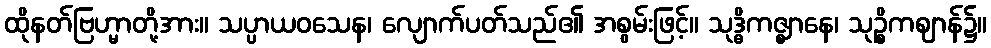
ထိုနတ်ဗြဟ္မာတို့အား။ သပ္ပာယဝသေန၊ လျောက်ပတ်သည်၏ အစွမ်းဖြင့်။ သုဒ္ဓိကဇ္ဈာနေ၊ သုဉ္စိကဈာန်၌။